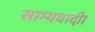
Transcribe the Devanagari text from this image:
साम्यवादी।